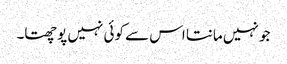
جو نہیں مانتا اس سے کوئی نہیں پوچھتا۔